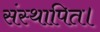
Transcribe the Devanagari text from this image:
संस्थापित।